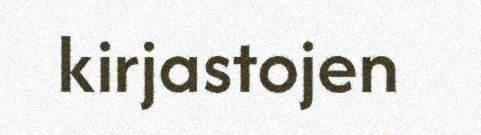
kirjastojen